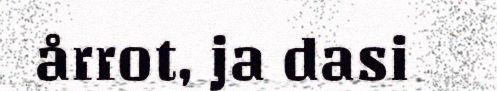
årrot, ja dasi